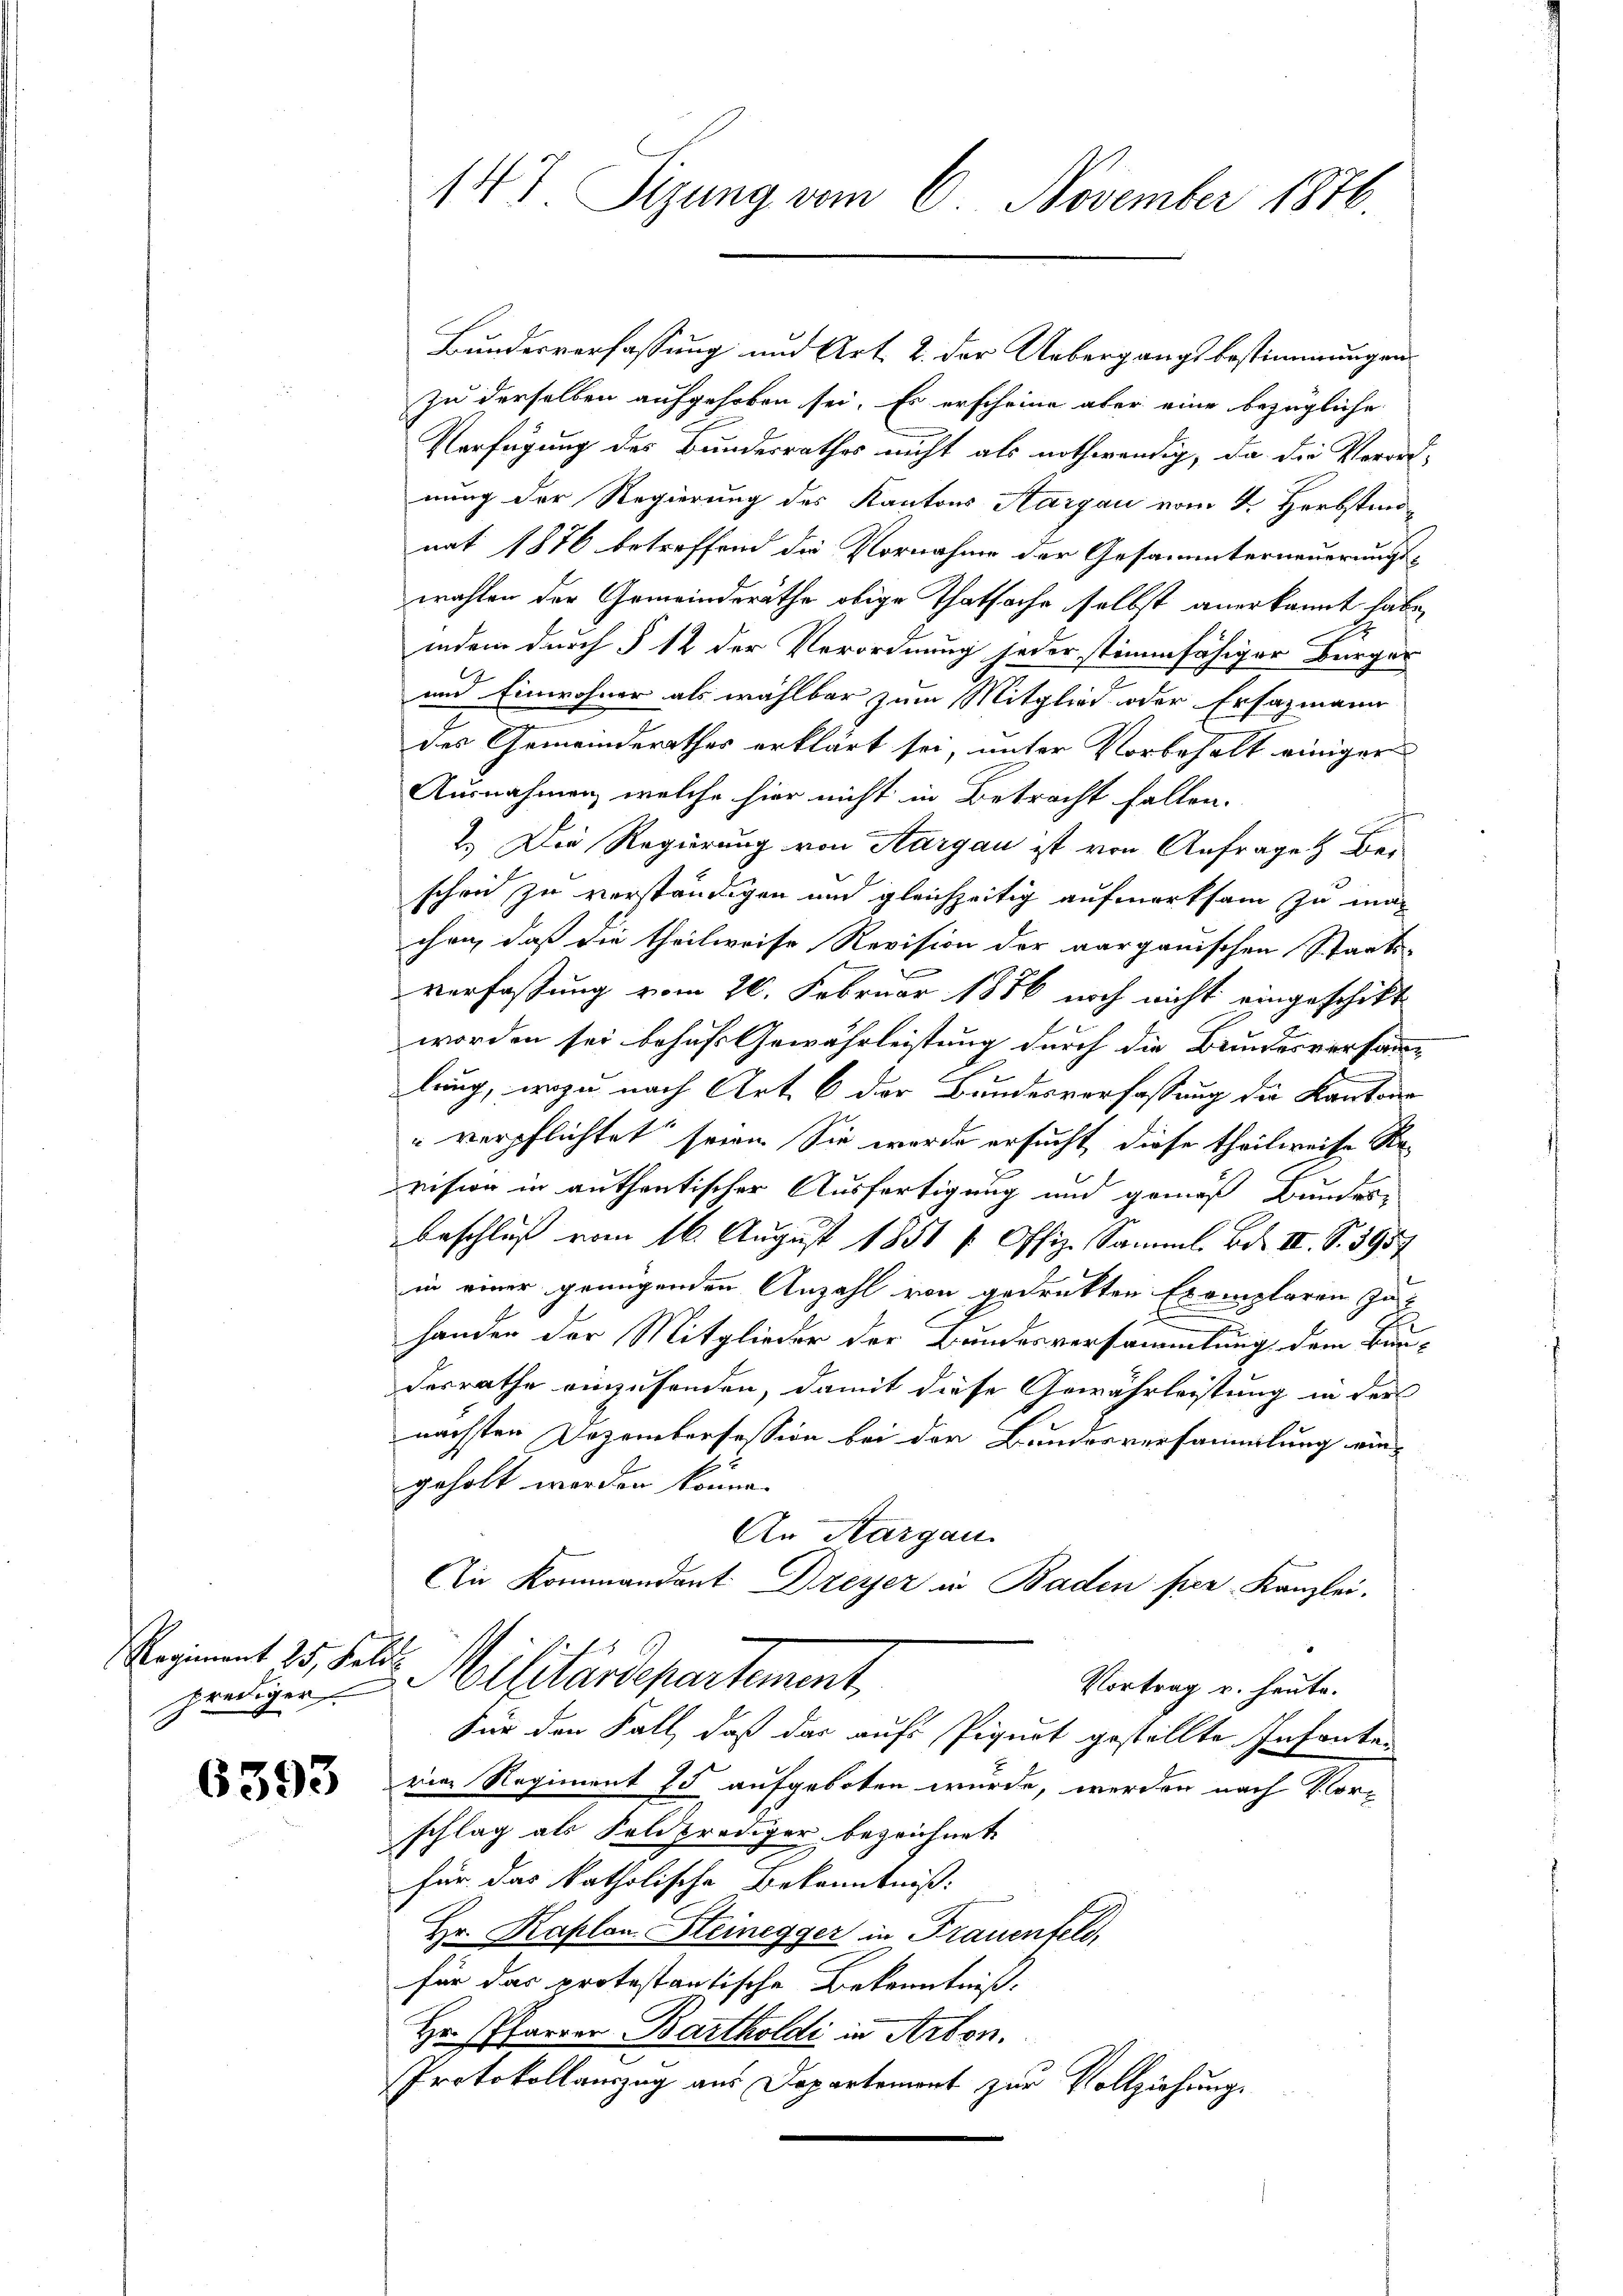
prediger

6593

Bundesverfassung und Art. 2. der Uebergangsbestimmungen
zu derselben aufgehoben sei. Es erscheine aber eine bezügliche
Verfügung des Bundesrathes nicht als nothwendig, da die Verord-
nung der Regierung des Kantons Aargau vom 2. Herbstand
nat 1876 betreffend die Vornahme der Gesammterneuerungs-
wahlen der Gemeinderäthe obige Thatsache selbst anerkannt habe,
indem durch § 12 der Verordnung jeder stimmfähiger Bürger
und Einwohner als wählbar zum Mitglied oder Ersazmann
des Gemeinderathes erklärt sei, unter Vorbehalt einiger
Ausnahmen, welche hier nicht in Betracht fallen.
2.) Der Regierung von Aargau ist von Anfragen Ber
schon zu verständigen und gleichzeitig aufmerksam zu machen, daß die theilweise Revision der aarganischen Staats-
verfassung vom 26. Februar 1856 noch nicht eingeschickt
worden sei behuf Gewährleistung durch die Bundesversamme
lung, wozu nach Art. 6 der Bundesverfassung die Kantons
"verpflichtet seien. Sie werde ersucht, diese theilweise Ka-
rsion in authentischer Ausfertigung und gemäß unter¬
Beschluß vom 16. August 1851 / Offiz. Samml. Bd. III. S. 3957
in einer genügenden Anzahl von gedruckten Exemplaren zu
handen der Mitglieder der Bundesversammlung dem Bun-
desrathe einzusenden, damit diese Gewährleistung in der
nächsten Dezembersession bei der Bundesversammlung ein¬
2
geholt worden könne.
An Kargau.
An Kommandant Dreyer in Baden per Kanzlei.
Regiment 25. Feld. Militärdepartement,
Vortrag u. heute.
Für den Fall, daß das aufs Piqurt gestellte Infantevier Regiment 75 aufgeboten wurde, werden nach Vorschlag als Feldprediger bezeichnet
für das katholische Bekanntniß:
Hr. Kaplan Steinegger in Frauenfeld,
für das protestantische Bekenntniß.
Hr. Pfarrer Bartholdi in Arbon.
Protokollauszug aus Departement zur Vollziehung.

147 Sizung vom 6. November 1876.